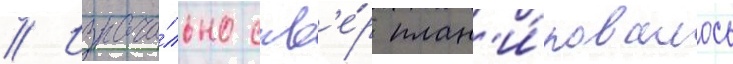
// Изнача́льно скв'е́р план'и́ровалось